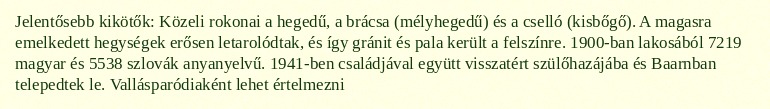
Jelentősebb kikötők: Közeli rokonai a hegedű, a brácsa (mélyhegedű) és a cselló (kisbőgő). A magasra emelkedett hegységek erősen letarolódtak, és így gránit és pala került a felszínre. 1900-ban lakosából 7219 magyar és 5538 szlovák anyanyelvű. 1941-ben családjával együtt visszatért szülőhazájába és Baarnban telepedtek le. Vallásparódiaként lehet értelmezni